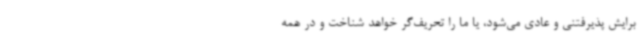
برایش پذیرفتنی و عادی می‌شود، یا ما را تحریف‌گر خواهد شناخت و در همه